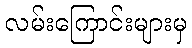
လမ်းကြောင်းများမှ